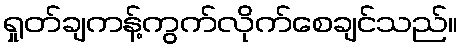
ရှုတ်ချကန့်ကွက်လိုက်စေချင်သည်။